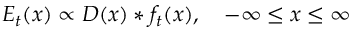
E _ { t } ( x ) \propto D ( x ) * f _ { t } ( x ) , \quad - \infty \leq x \leq \infty